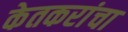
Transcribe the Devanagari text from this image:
केतकरांचा